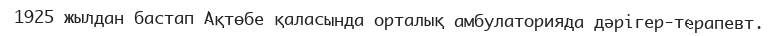
1925 жылдан бастап Ақтөбе қаласында орталық амбулаторияда дәрігер-терапевт.